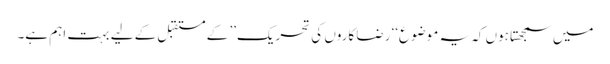
میں سمجھتا ہوں کہ یہ موضوع‘‘ رضا کاروں کی تحریک’’ کے مستقبل کے لیے بہت اہم ہے۔